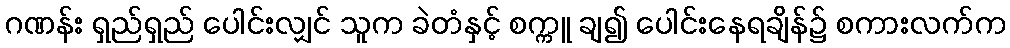
ဂဏန်း ရှည်ရှည် ပေါင်းလျှင် သူက ခဲတံနှင့် စက္ကူ ချ၍ ပေါင်းနေရချိန်၌ စကားလက်က